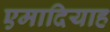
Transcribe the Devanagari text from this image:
एमादियाह